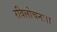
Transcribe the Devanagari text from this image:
रविलोचनः।।